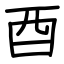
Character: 酉